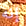
إنه